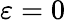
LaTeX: \varepsilon=0